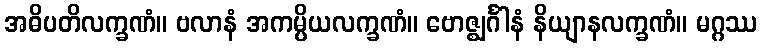
အဓိပတိလက္ခဏံ။ ဗလာနံ အကမ္ပိယလက္ခဏံ။ ဗောဇ္ဈင်္ဂါနံ နိယျာနလက္ခဏံ။ မဂ္ဂဿ